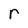
Character: r